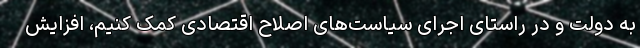
به دولت و در راستای اجرای سیاست‌های اصلاح اقتصادی کمک کنیم، افزایش